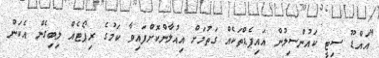
"އައްޑޫ ސިޓީ ކައުންސިލުން އައިޕެޑްތަކެއް ގަތުމަށް އިއުލާންކޮށްފައިވާ ކަމުގެ ރިޕޯޓެއް ލިބިގެން އެކަން